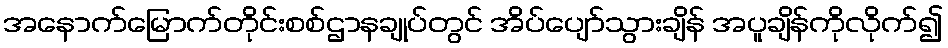
အနောက်မြောက်တိုင်းစစ်ဌာနချုပ်တွင် အိပ်ပျော်သွားချိန် အပူချိန်ကိုလိုက်၍